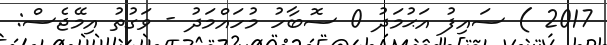
2017 ) ސައިފު އަޙުމަދު 0 ސޮބާހު މުހައްމަދު - ވަގުތު އިމޭޖެސް: